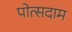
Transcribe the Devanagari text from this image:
पोत्सदाम